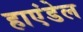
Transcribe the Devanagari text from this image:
हाएंडेल